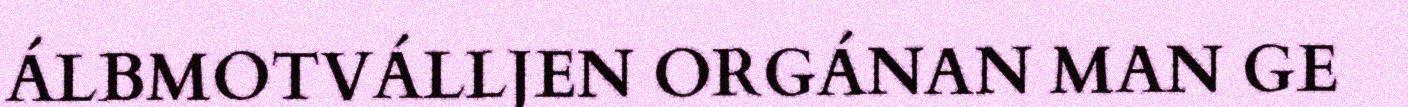
ÁLBMOTVÁLLJEN ORGÁNAN MAN GE